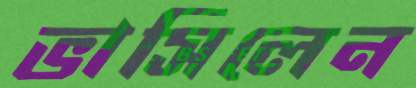
ভাসিলেন